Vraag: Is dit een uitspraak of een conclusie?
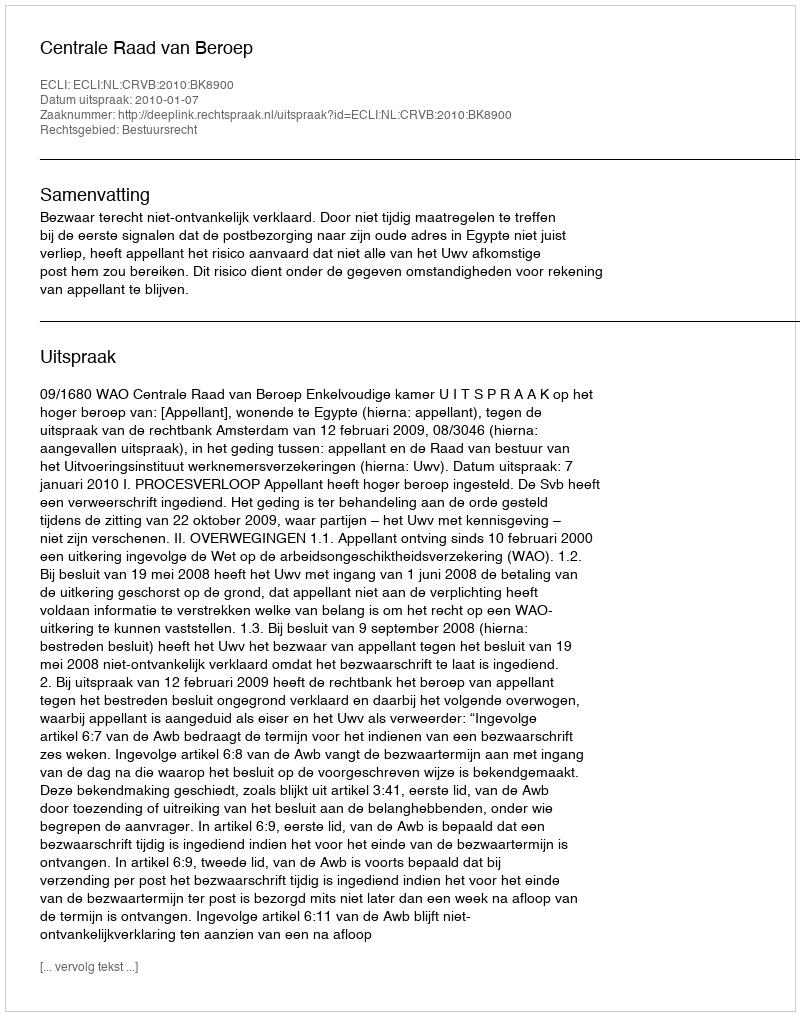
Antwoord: Uitspraak